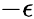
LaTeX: -\mathcal{\epsilon}